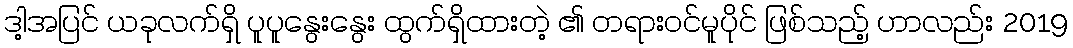
ဒါ့အပြင် ယခုလက်ရှိ ပူပူနွေးနွေး ထွက်ရှိထားတဲ့ ၏ တရားဝင်မူပိုင် ဖြစ်သည့် ဟာလည်း 2019